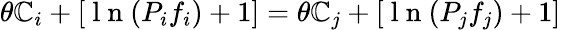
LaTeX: \theta\mathbb{C}_{i}+\left[\mathrm{{~l~n~}}(P_{i}f_{i})+1\right]=\theta\mathbb{C}_{j}+\left[\mathrm{{~l~n~}}(P_{j}f_{j})+1\right]